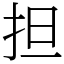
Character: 担